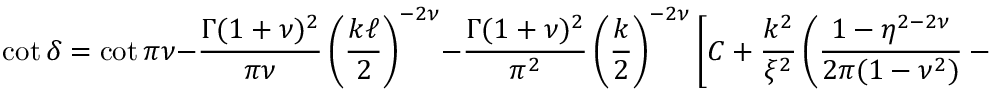
\cot \delta = \cot \pi \nu - { \frac { \Gamma ( 1 + \nu ) ^ { 2 } } { \pi \nu } } \left( { \frac { k \ell } { 2 } } \right) ^ { - 2 \nu } - { \frac { \Gamma ( 1 + \nu ) ^ { 2 } } { \pi ^ { 2 } } } \left( { \frac { k } { 2 } } \right) ^ { - 2 \nu } \left[ { C } + { \frac { k ^ { 2 } } { \xi ^ { 2 } } } \left( { \frac { 1 - \eta ^ { 2 - 2 \nu } } { 2 \pi ( 1 - \nu ^ { 2 } ) } } - { \frac { \eta ^ { 2 - 2 \nu } - \eta ^ { 2 } } { 2 \pi \nu ( 1 + \nu ) } } \right) \right] .